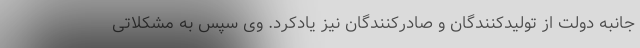
جانبه دولت از تولیدکنندگان و صادرکنندگان نیز یادکرد. وی سپس به مشکلاتی